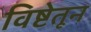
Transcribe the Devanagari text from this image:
विष्टेतून